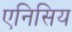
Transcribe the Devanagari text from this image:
एनिसिय